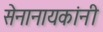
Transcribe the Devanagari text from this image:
सेनानायकांनी